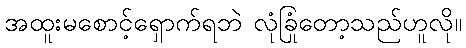
အထူးမစောင့်ရှောက်ရဘဲ လုံခြုံတော့သည်ဟူလို။